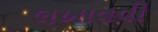
લખાવવી